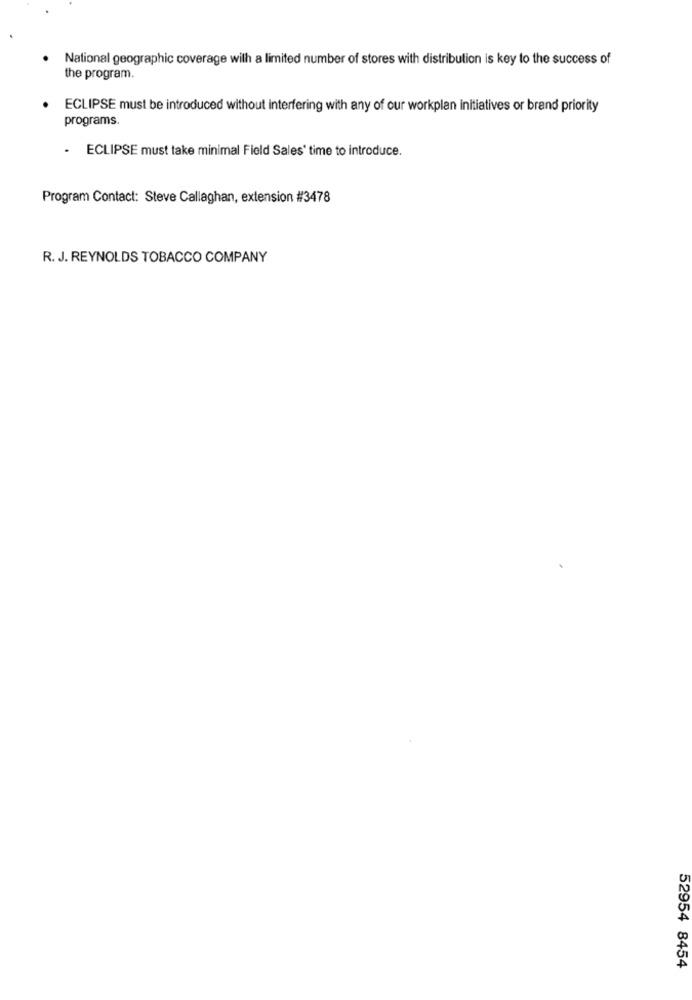
National geographic coverage with a limited number of stores with distribution is key to the success of
the program.
ECLIPSE must be introduced without interfering with any of our workplan initiatives or brand priority
programs.
· ECLIPSE must take minimal Field Sales' time to introduce.
Program Contact: Steve Callaghan, extension #3478
R. J. REYNOLDS TOBACCO COMPANY
52954 8454